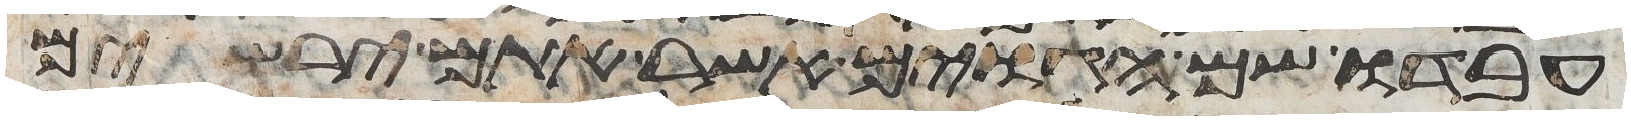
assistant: עבדו שם הגוים אשר אתם ירשים